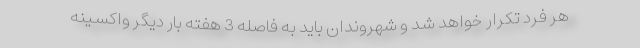
هر فرد تکرار خواهد شد و شهروندان باید به فاصله 3 هفته بار دیگر واکسینه